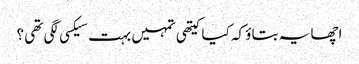
اچھا یہ بتاؤ کہ کیا کیتھی تمہیں بہت سیکسی لگی تھی ؟